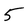
Character: 5